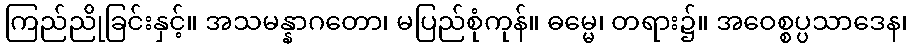
ကြည်ညိုခြင်းနှင့်။ အသမန္နာဂတော၊ မပြည်စုံကုန်။ ဓမ္မေ၊ တရား၌။ အဝေစ္စပ္ပသာဒေန၊